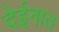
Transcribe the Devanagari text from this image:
देईनात